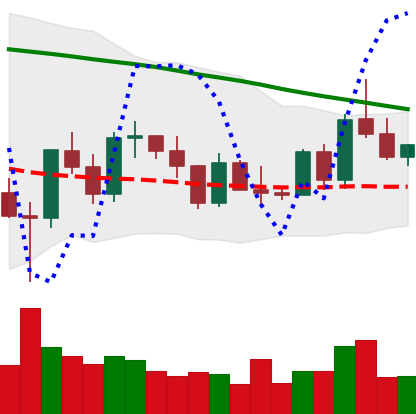
Ticker: XRP-USD
Chart end date: 2022-03-14
Forward return: 5.773%
Label: up_5_7